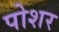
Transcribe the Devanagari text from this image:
पोशर